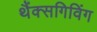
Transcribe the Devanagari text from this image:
थैंक्‍सगिविंग